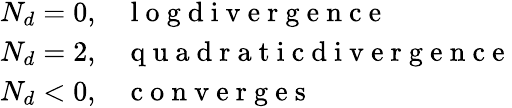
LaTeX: \begin{array}{ll}{N_{d}=0,}&{\mathrm{~l~o~g~d~i~v~e~r~g~e~n~c~e~}}\\ {N_{d}=2,}&{\mathrm{~q~u~a~d~r~a~t~i~c~d~i~v~e~r~g~e~n~c~e~}}\\ {N_{d}<0,}&{\mathrm{~c~o~n~v~e~r~g~e~s~}}\end{array}